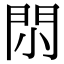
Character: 𨳒